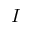
I